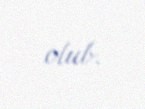
olub.